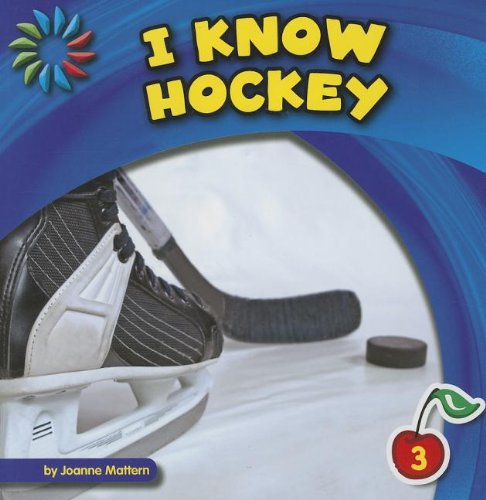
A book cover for I Know Hockey (I Know Sports: 21st Century Basic Skills Library, Level 3); Joanne Mattern; Children's Books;